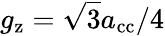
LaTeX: g_{\mathrm{z}}=\sqrt{3}a_{\textnormal{cc}}/4